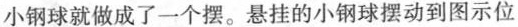
小钢球就做成了一个摆。悬挂的小钢球摆动到图示位